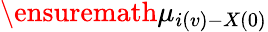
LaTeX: \ensuremath{\mu}_{i(v)-X(0)}